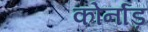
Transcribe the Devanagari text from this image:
कोर्नाड़